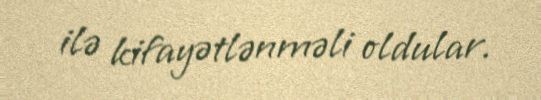
ilə kifayətlənməli oldular.